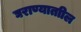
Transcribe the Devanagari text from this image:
घराण्याताील